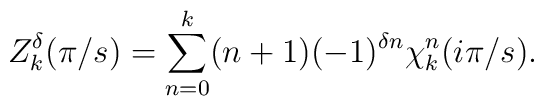
Z_k^{\delta}(\pi/s) = \sum_{n=0}^k (n+1) (-1)^{\delta n} \chi_k^n(i \pi / s).